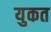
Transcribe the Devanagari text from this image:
युकत